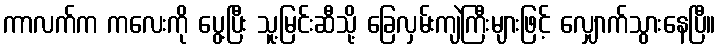
ကာလက်က ကလေးကို ပွေ့ပြီး သူ့မြင်းဆီသို့ ခြေလှမ်းကျဲကြီးများဖြင့် လျှောက်သွားနေပြီ။